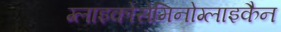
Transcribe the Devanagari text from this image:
ग्लाइकोसेमिनोग्लाइकैन